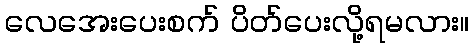
လေအေးပေးစက် ပိတ်ပေးလို့ရမလား။